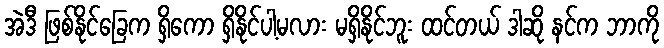
အဲဒီ ဖြစ်နိုင်ခြေက ရှိကော ရှိနိုင်ပါ့မလား မရှိနိုင်ဘူး ထင်တယ် ဒါဆို နင်က ဘာကို